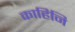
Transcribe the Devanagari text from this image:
काहिनि